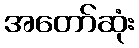
အတော်ဆုံး